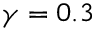
\gamma = 0 . 3